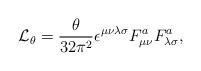
LaTeX: \begin{align*}{\cal L}_{\theta}=\frac{\theta}{32{\pi}^2}\epsilon^{\mu\nu\lambda\sigma}F^a_{\mu\nu}F^a_{\lambda\sigma},\end{align*}